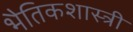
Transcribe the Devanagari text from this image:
भैतिकशास्त्री